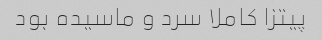
پیتزا کاملا سرد و ماسیده بود